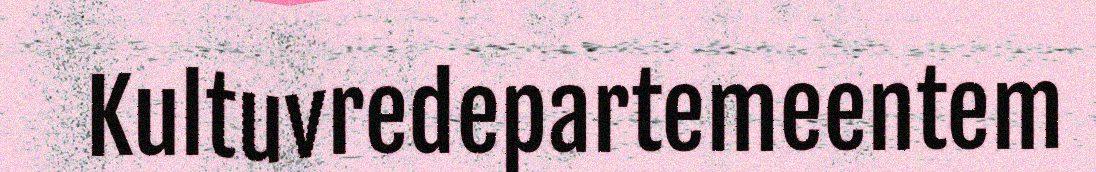
Kultuvredepartemeentem